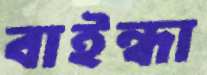
বাইন্ধা